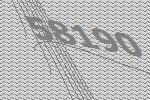
58190